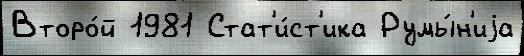
Второ́й 1981 Стат'и́ст'ика Румы́н'иjа